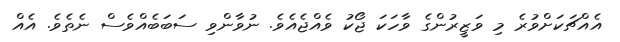
އެއްޗަކަށްވުރެ މި ވަޒީރުންގެ ވާހަކަ ޖޯކު ވެއްޖެއެވެ. ނުވާންވި ސަބަބެއްވެސް ނެތެވެ. އެއް